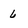
Character: 6